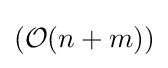
({\mathcal {O}}(n+m))